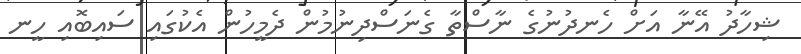
ޝިހާދު އޭނާ އަށް ހެނދުނުގެ ނާސްތާ ގެނަސްދިނުމުން ދެމީހުން އެކުގައި ސައިބޮއި ހީނ